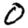
Digit: 0